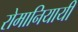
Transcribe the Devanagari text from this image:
रोमानियायी